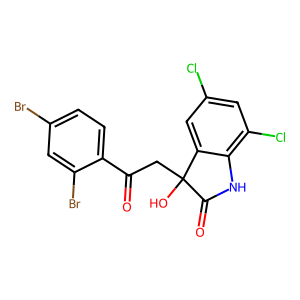
SMILES: O=C(CC1(O)C(=O)Nc2c(Cl)cc(Cl)cc21)c1ccc(Br)cc1Br
Inhibits HIV replication: No